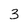
Character: 3